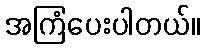
အကြံပေးပါတယ်။